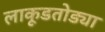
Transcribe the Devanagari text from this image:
लाकूडतोड्या